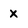
Character: X